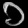
Digit: ၁